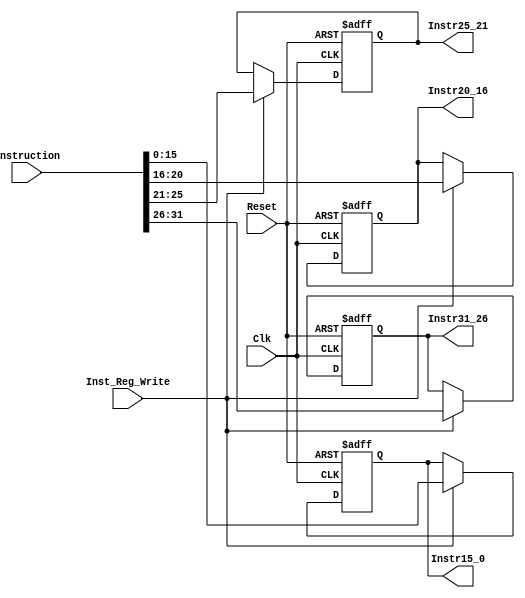
`timescale 1ns / 1ps


module Instruction_Register(Clk,Reset,Instruction,Inst_Reg_Write,Instr31_26,Instr25_21,Instr20_16,Instr15_0);

input Clk,Reset,Inst_Reg_Write;
input [31:0] Instruction;

output reg [5:0] Instr31_26;
output reg [4:0] Instr25_21,Instr20_16;
output reg [15:0] Instr15_0;

always @ (posedge Clk or posedge Reset)//Reset all back to 0
    if(Reset)
    begin
        Instr31_26 <= 0;
        Instr25_21 <= 0;
        Instr20_16 <= 0;
        Instr15_0 <= 0;
    end
    
    else if(Inst_Reg_Write==1'b1)//Split the fetched values
    begin
        Instr31_26 <= Instruction [31:26];
        Instr25_21 <= Instruction [25:21];
        Instr20_16 <= Instruction [20:16];
        Instr15_0 <= Instruction [15:0];
    end
    

endmodule